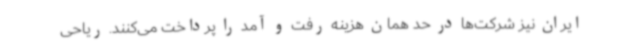
ایران نیز شرکت‌ها در حد همان هزینه رفت و آمد را پرداخت می‌کنند. ریاحی